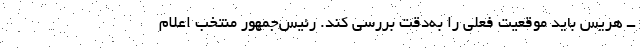
ــ هریس باید موقعیت فعلی را به‌دقت بررسی کند. رئیس‌جمهور منتخب اعلام